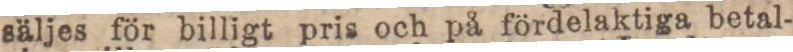
säljes för billigt pris och på fördelaktiga betal-